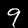
Digit: 9